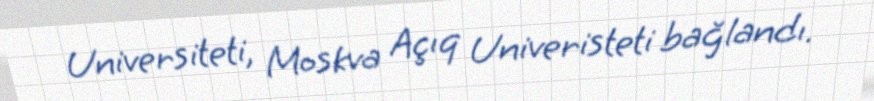
Universiteti, Moskva Açıq Univeristeti bağlandı.